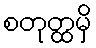
စတုတ္ထမှိ